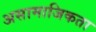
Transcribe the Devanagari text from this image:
असामाजिकता